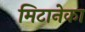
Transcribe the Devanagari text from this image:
मिटानेका